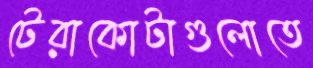
টেরাকোটাগুলোতে